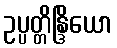
ဥပ္ပတ္တိန္ဒြိယော